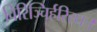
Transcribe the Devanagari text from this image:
विरिञ्चिर्हरिरधः।